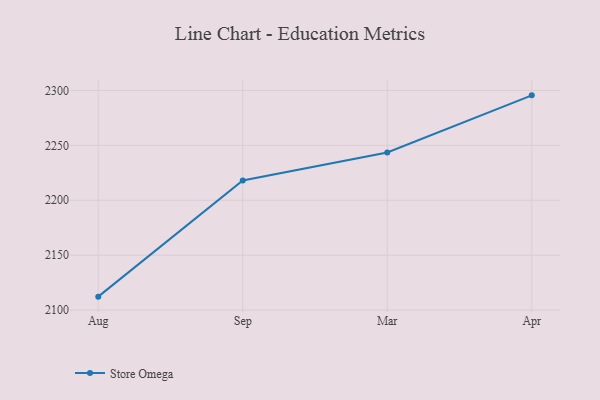
{"axis": {"x": "Month", "y": "Waste Production (Tons)"}, "legend": ["Store Omega"], "data": [{"x": "Aug", "y": 2112.3, "type": "Store Omega"}, {"x": "Sep", "y": 2218.0, "type": "Store Omega"}, {"x": "Mar", "y": 2243.5, "type": "Store Omega"}, {"x": "Apr", "y": 2295.5, "type": "Store Omega"}]}